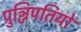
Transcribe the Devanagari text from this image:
पुञ्जिपतियों